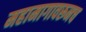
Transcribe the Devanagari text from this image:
महामागावरूनच